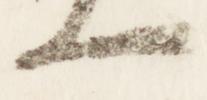
一